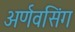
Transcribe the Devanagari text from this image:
अर्णवसिंग